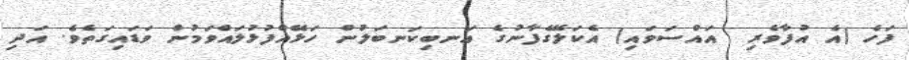
ފަހެ (އެ އުފާވެރި  އައްސަވައި) އެކަލޭގެފާނުގެ އަނބިކަނބަލުން ހަޅޭއްފުޅުލައްވަމުން ވަޑައިގަތެވެ. އަދި